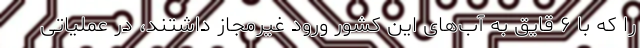
را که با ۶ قایق به آب‌های این کشور ورود غیرمجاز داشتند، در عملیاتی